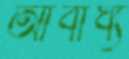
আবাধ্য